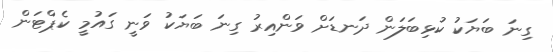
ގިނަ ބަޔަކު ކުޅިބަލަން ދަނޑަށް ވަންއިރު ގިނަ ބަޔަކު ވަނީ ގައުމީ ކެޕްޓަން